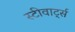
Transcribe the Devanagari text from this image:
स्टीवार्ट्स